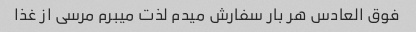
فوق العادس هر بار سفارش میدم لذت میبرم مرسی از غذا